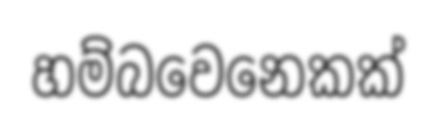
හම්බවෙනෙකක්